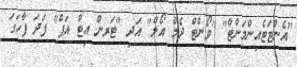
"އެންޓަޓެއިންމަންޓް" "ވޯންޓް ދެމް އޯލް" އަދި "ޓަރން އިޓް އަޕް" ފަދަ ފާހަގަ